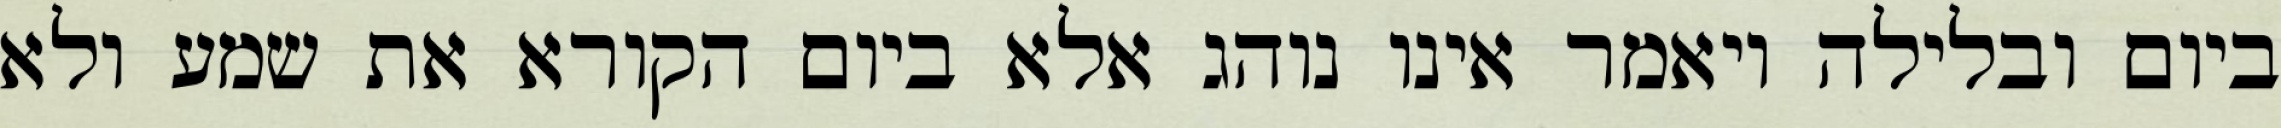
ביום ובלילה ויאמר אינו נוהג אלא ביום הקורא את שמע ולא